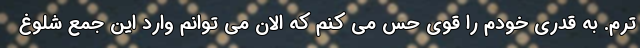
ترم. به قدری خودم را قوی حس می کنم که الان می توانم وارد این جمع شلوغ